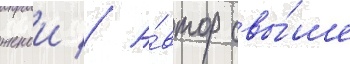
женои // А́втор свы́ше